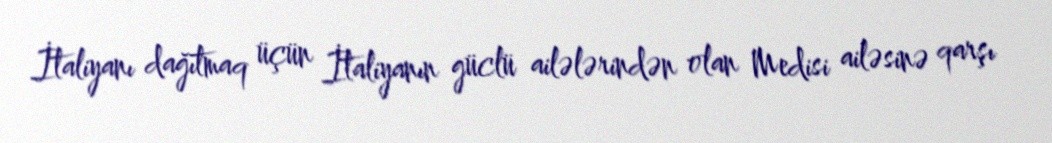
İtaliyanı dağıtmaq üçün İtaliyanın güclü ailələrindən olan Medisi ailəsinə qarşı